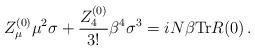
LaTeX: \begin{align*}Z^{(0)}_{\mu}\mu^2\sigma + \frac{Z^{(0)}_4}{3!}\beta^4\sigma^3 = iN\beta{\rm Tr}R(0)\,.\end{align*}